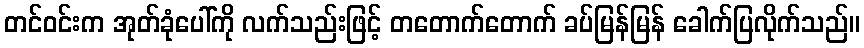
တင်ဝင်းက အုတ်ခုံပေါ်ကို လက်သည်းဖြင့် တတောက်တောက် ခပ်မြန်မြန် ခေါက်ပြလိုက်သည်။